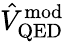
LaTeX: \hat{V}_{\mathrm{QED}}^{\mathrm{mod}}